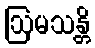
ဩမသန္တိ